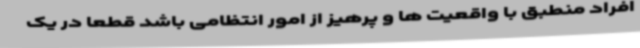
افراد منطبق با واقعیت ها و پرهیز از امور انتظامی باشد قطعاً در یک